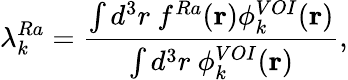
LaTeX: \lambda_{k}^{Ra}=\frac{\int d^{3}r~f^{Ra}(\mathbf{r})\phi_{k}^{VOI}(\mathbf{r})}{\int d^{3}r~\phi_{k}^{VOI}(\mathbf{r})},